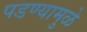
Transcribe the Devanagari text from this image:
पडण्यामुळे